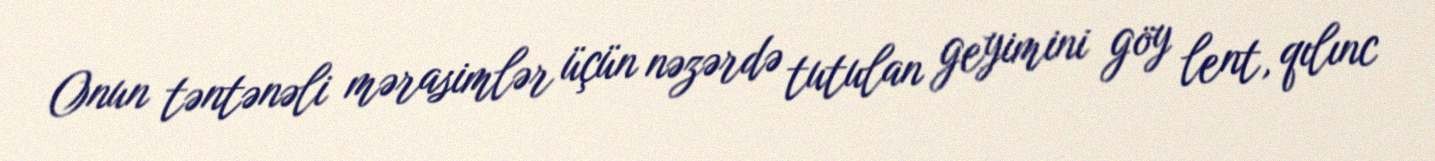
Onun təntənəli mərasimlər üçün nəzərdə tutulan geyimini göy lent, qılınc